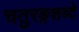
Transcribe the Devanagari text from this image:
चतुरङ्गशब्दे